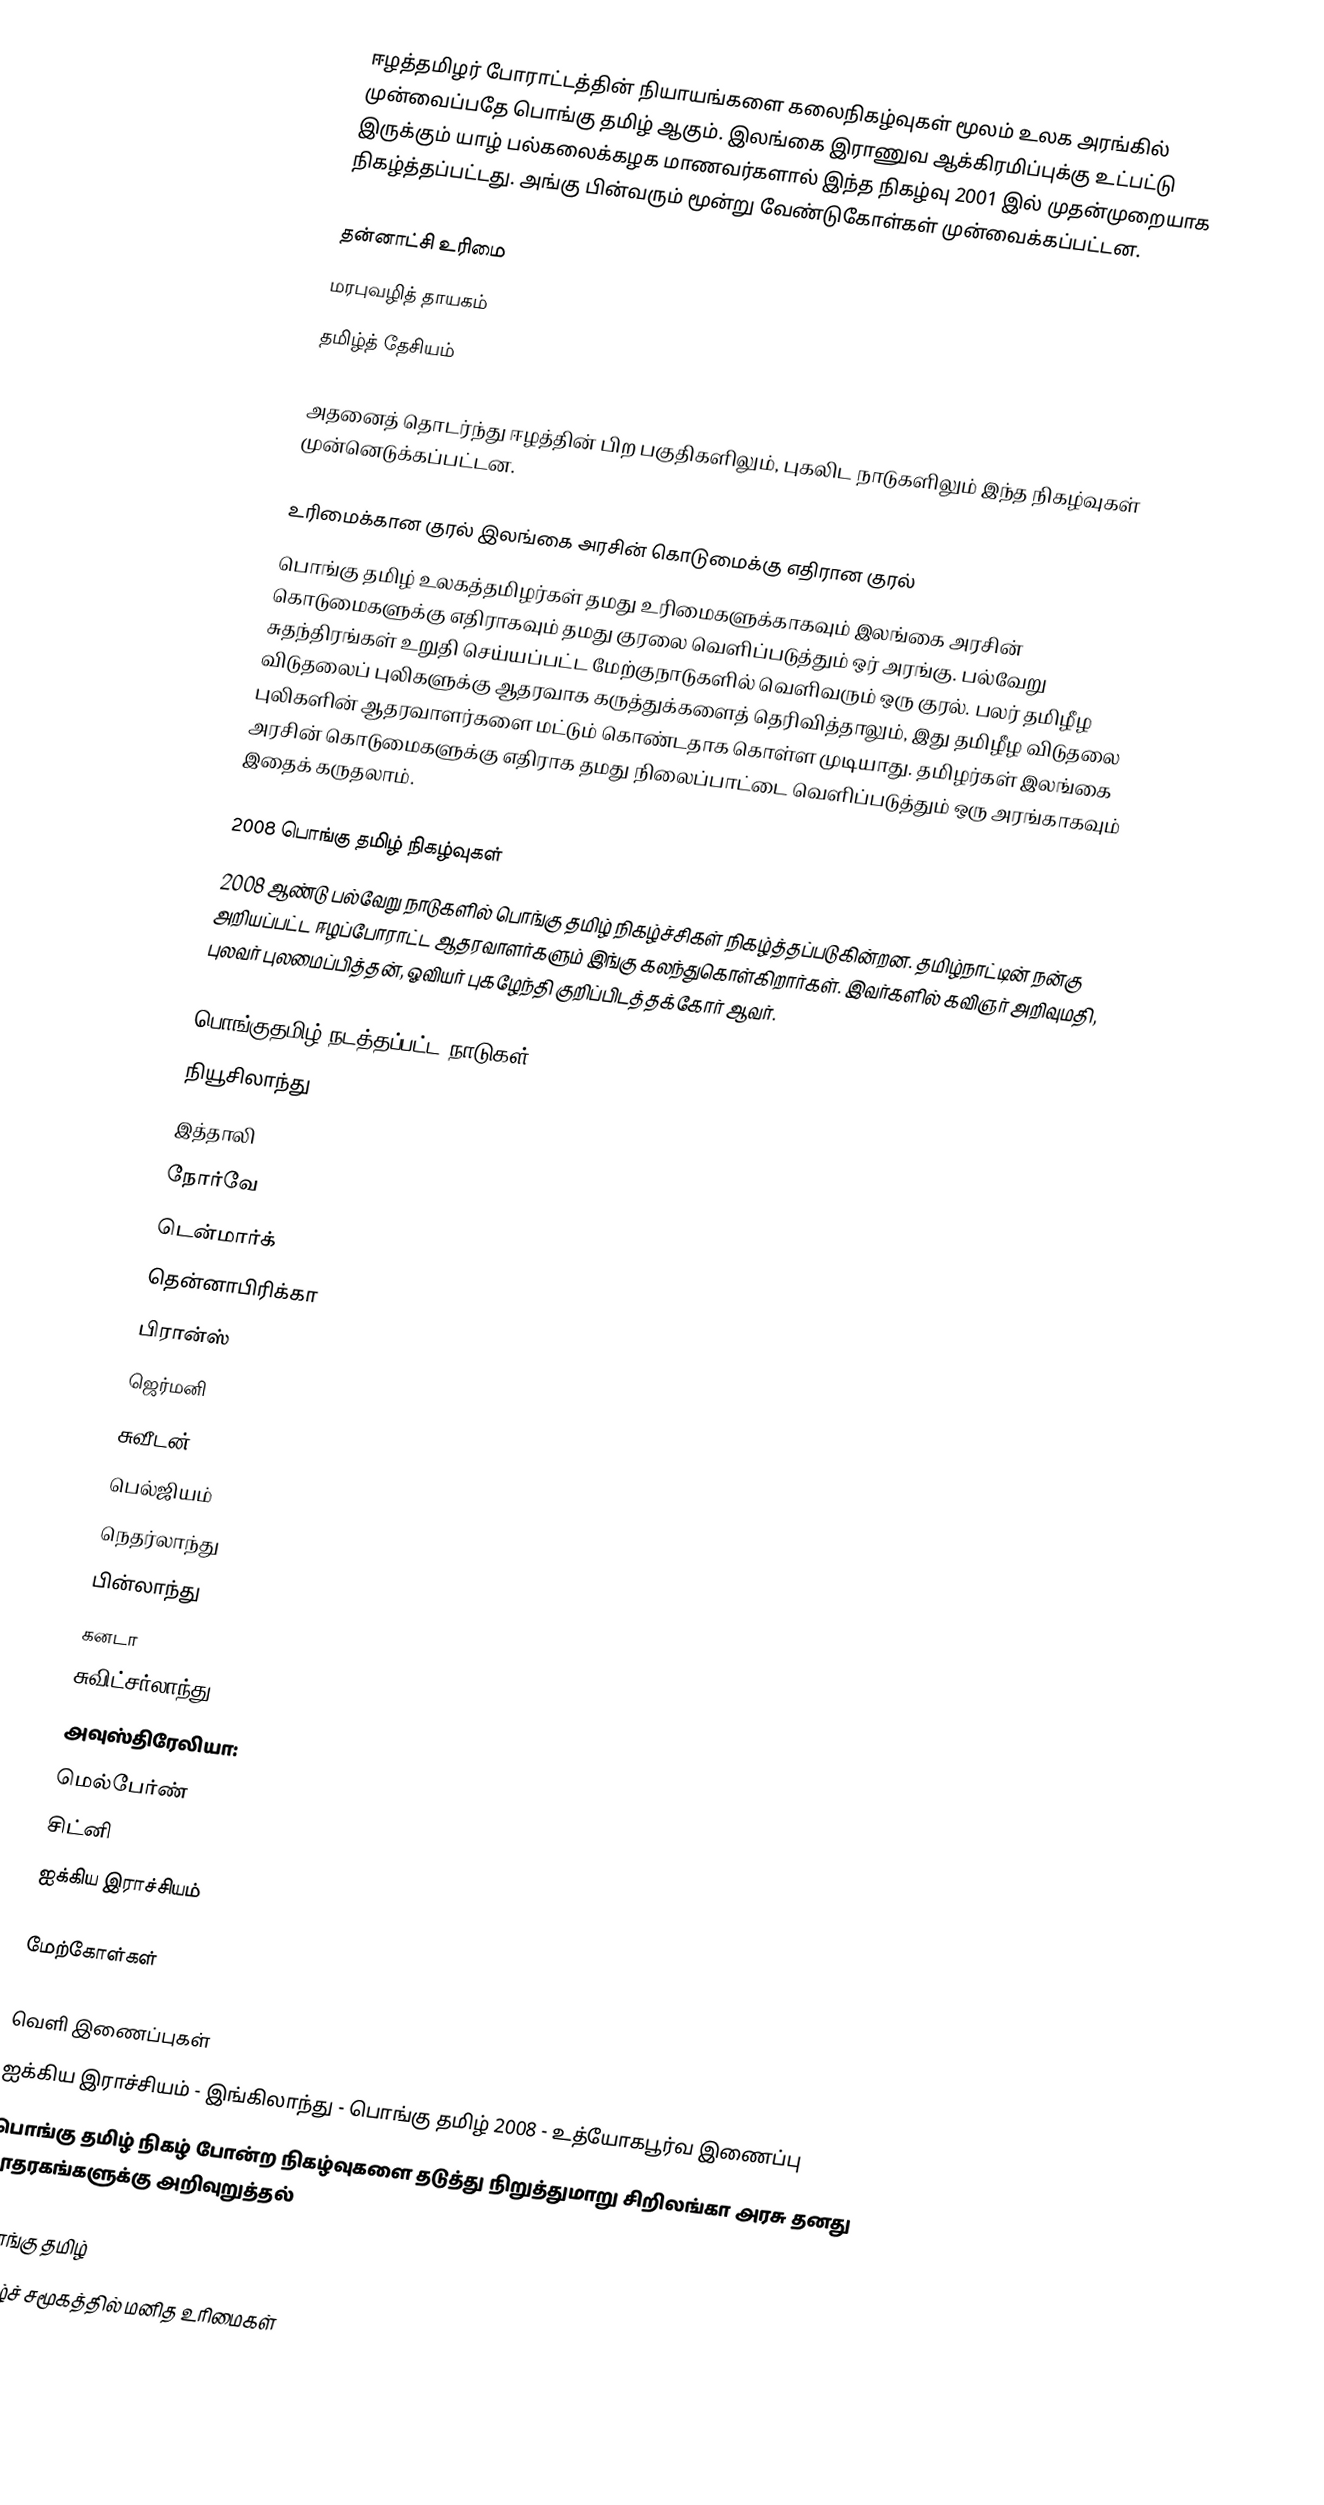
ஈழத்தமிழர் போராட்டத்தின் நியாயங்களை கலைநிகழ்வுகள் மூலம் உலக அரங்கில் முன்வைப்பதே பொங்கு தமிழ் ஆகும்.  இலங்கை இராணுவ ஆக்கிரமிப்புக்கு உட்பட்டு இருக்கும் யாழ் பல்கலைக்கழக மாணவர்களால் இந்த நிகழ்வு 2001 இல் முதன்முறையாக நிகழ்த்தப்பட்டது. அங்கு பின்வரும் மூன்று வேண்டுகோள்கள் முன்வைக்கப்பட்டன.

 தன்னாட்சி உரிமை
 மரபுவழித் தாயகம்
 தமிழ்த் தேசியம்

அதனைத் தொடர்ந்து ஈழத்தின் பிற பகுதிகளிலும், புகலிட நாடுகளிலும் இந்த நிகழ்வுகள் முன்னெடுக்கப்பட்டன.

உரிமைக்கான குரல் இலங்கை அரசின் கொடுமைக்கு எதிரான குரல்
பொங்கு தமிழ் உலகத்தமிழர்கள் தமது உரிமைகளுக்காகவும் இலங்கை அரசின் கொடுமைகளுக்கு எதிராகவும் தமது குரலை வெளிப்படுத்தும் ஒர் அரங்கு.  பல்வேறு சுதந்திரங்கள் உறுதி செய்யப்பட்ட மேற்குநாடுகளில் வெளிவரும் ஒரு குரல்.  பலர் தமிழீழ விடுதலைப் புலிகளுக்கு ஆதரவாக கருத்துக்களைத் தெரிவித்தாலும், இது தமிழீழ விடுதலை புலிகளின் ஆதரவாளர்களை மட்டும் கொண்டதாக கொள்ள முடியாது.  தமிழர்கள் இலங்கை அரசின் கொடுமைகளுக்கு எதிராக தமது நிலைப்பாட்டை வெளிப்படுத்தும் ஒரு அரங்காகவும் இதைக் கருதலாம்.

2008 பொங்கு தமிழ் நிகழ்வுகள்
2008 ஆண்டு பல்வேறு நாடுகளில் பொங்கு தமிழ் நிகழ்ச்சிகள் நிகழ்த்தப்படுகின்றன.  தமிழ்நாட்டின் நன்கு அறியப்பட்ட ஈழப்போராட்ட ஆதரவாளர்களும் இங்கு கலந்துகொள்கிறார்கள். இவர்களில் கவிஞர் அறிவுமதி, புலவர் புலமைப்பித்தன், ஓவியர் புகழேந்தி குறிப்பிடத்தக்கோர் ஆவர்.

பொங்குதமிழ் நடத்தப்பட்ட நாடுகள்
 நியூசிலாந்து
 இத்தாலி
 நோர்வே
 டென்மார்க்
 தென்னாபிரிக்கா
 பிரான்ஸ்
 ஜெர்மனி
 சுவீடன்
 பெல்ஜியம்
 நெதர்லாந்து
 பின்லாந்து
 கனடா
 சுவிட்சர்லாந்து
 அவுஸ்திரேலியா:
மெல்பேர்ண்
 சிட்னி
 ஐக்கிய இராச்சியம்

மேற்கோள்கள்

வெளி இணைப்புகள்
 ஐக்கிய இராச்சியம் - இங்கிலாந்து - பொங்கு தமிழ் 2008  - உத்யோகபூர்வ இணைப்பு
 பொங்கு தமிழ் நிகழ் போன்ற நிகழ்வுகளை தடுத்து நிறுத்துமாறு சிறிலங்கா அரசு தனது தூதரகங்களுக்கு அறிவுறுத்தல்

பொங்கு தமிழ்
தமிழ்ச் சமூகத்தில் மனித உரிமைகள்